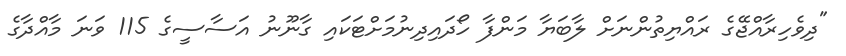
"ދިވެހިރާއްޖޭގެ ރައްޔިތުންނަށް ލާބަޔާ މަންފާ ހޯދައިދިނުމަށްޓަކައި ގާނޫނު އަސާސީގެ 115 ވަނަ މާއްދާގެ